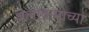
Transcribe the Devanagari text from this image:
अलाबामाच्या